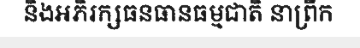
និងអភិរក្សធនធានធម្មជាតិ នាព្រឹក